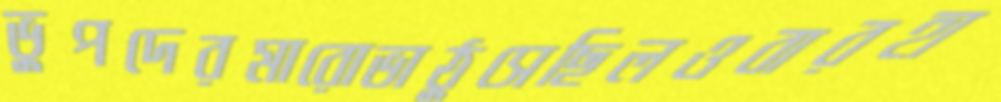
ভুপদেরমারোভাঠুসেছিলওবারহা